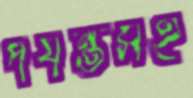
পর্যন্তসহ